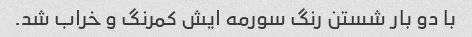
با دو بار شستن رنگ سورمه ایش کمرنگ و خراب شد.